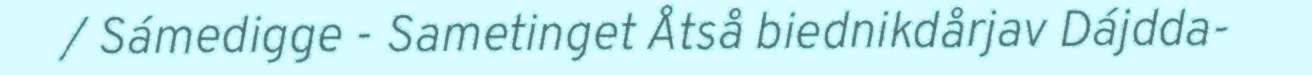
/ Sámedigge - Sametinget Åtså biednikdårjav Dájdda-